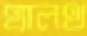
হ্যালথ